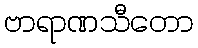
ဗာရာဏသီတော